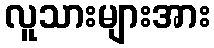
လူသားများအား